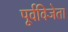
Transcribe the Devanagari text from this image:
पूर्वविजेता